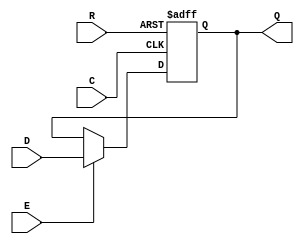
`timescale 1ns/1ps
`celldefine
//
// DFFNRE simulation model
// Negedge D flipflop with async reset and enable
//
// Copyright (c) 2023 Rapid Silicon, Inc.  All rights reserved.
//

// No prologue needed.
module DFFNRE (
  input D, // Data Input
  input R, // Active-low, asynchronous reset
  input E, // Active-high enable
  input C, // Negedge clock
  output reg Q = 1'b0 // Data Output
);

  always @(negedge C, negedge R)
    if (!R)
      Q <= 1'b0;
    else if (E)
      Q <= D;

endmodule
`endcelldefine